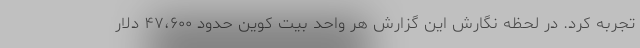
تجربه کرد. در لحظه نگارش این گزارش هر واحد بیت کوین حدود ۴۷،۶۰۰ دلار